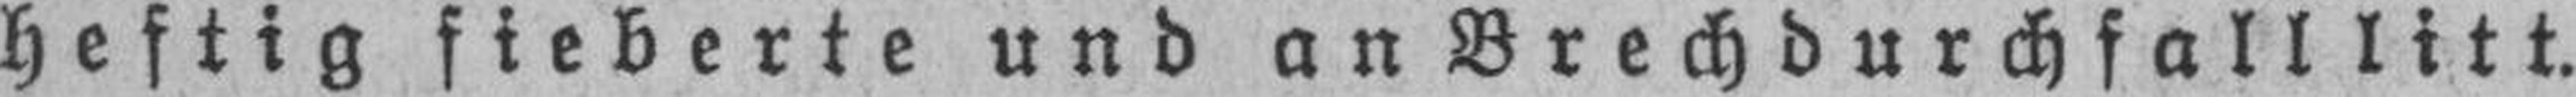
heftig fieberte und an Brech durch fall litt.